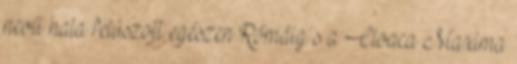
nevű hala felúszott egészen Rómáig s a Cloaca Maxima